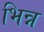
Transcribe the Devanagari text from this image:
भिन्न